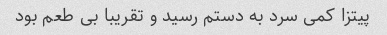
پیتزا کمی سرد به دستم رسید و تقریبا بی طعم بود